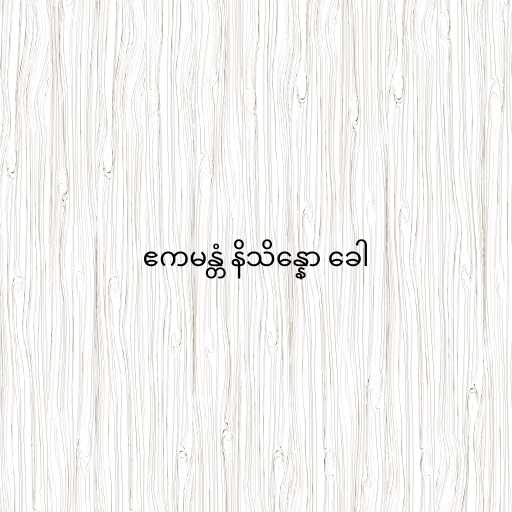
ဧကမန္တံ နိသိန္နော ခေါ